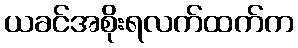
ယခင်အစိုးရလက်ထက်က